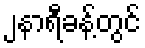
၂နာရီခန့်တွင်